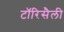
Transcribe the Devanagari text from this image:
टॉरिसैली